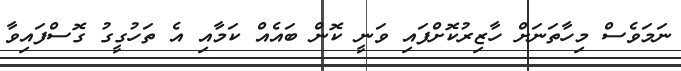
ނަމަވެސް މިހާތަނަށް ހާޒިރުކޮށްފައި ވަނީ ކޮން ބައެއް ކަމާއި އެ ތަހުގީގު ގޮސްފައިވާ